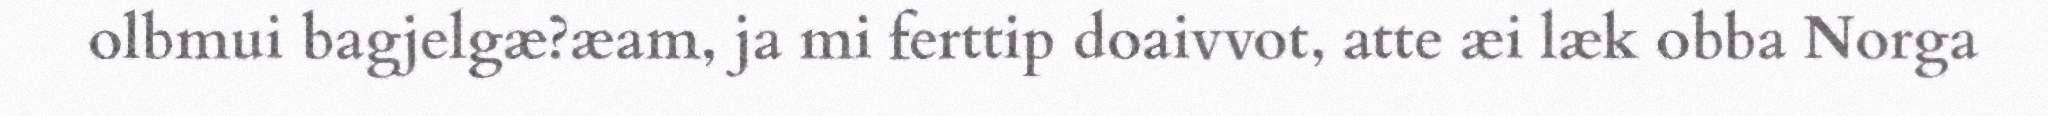
olbmui bagjelgæ?æam, ja mi ferttip doaivvot, atte æi læk obba Norga